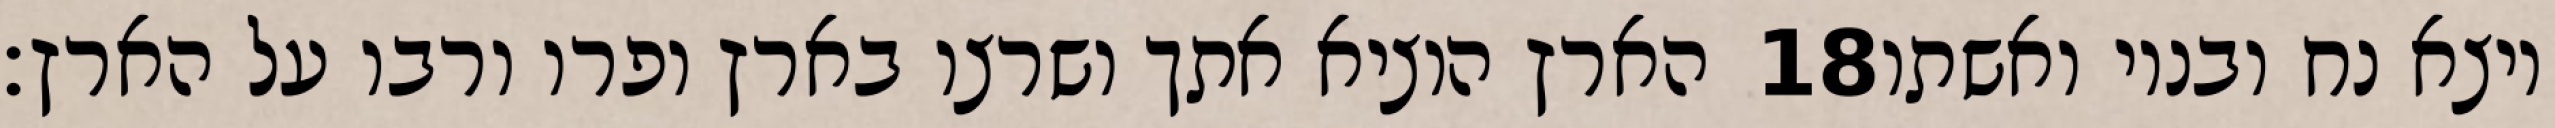
הארץ הוציא אתך ושרצו בארץ ופרו ורבו על הארץ׃ ‎18‏ ויצא נח ובניו ואשתו